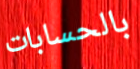
بالحسابات